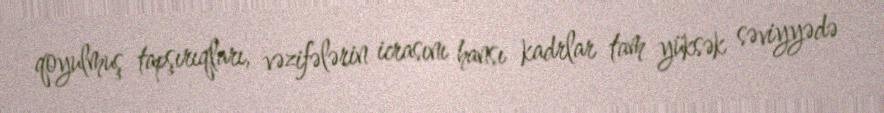
qoyulmuş tapşırıqları, vəzifələrin icrasını hansı kadrlar tam yüksək səviyyədə